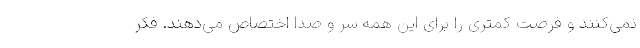
نمی‌کنند و فرصت کمتری را برای این همه سر و صدا اختصاص می‌دهند. فکر